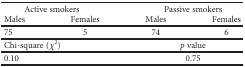
<table><thead><tr><td colspan="2"><b>Active smokers</b></td><td colspan="2"><b>Passive smokers</b></td></tr><tr><td><b>Males</b></td><td><b>Females</b></td><td><b>Males</b></td><td><b>Females</b></td></tr></thead><tbody><tr><td>75</td><td>5</td><td>74</td><td>6</td></tr><tr><td colspan="2">Chi-square (<i>χ</i><sup>2</sup>)</td><td colspan="2"><i>p</i> value</td></tr><tr><td colspan="2">0.10</td><td colspan="2">0.75</td></tr></tbody></table>